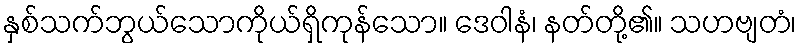
နှစ်သက်ဘွယ်သောကိုယ်ရှိကုန်သော။ ဒေဝါနံ၊ နတ်တို့၏။ သဟဗျတံ၊